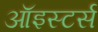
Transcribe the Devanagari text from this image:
ऑइस्टर्स